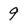
Character: 9